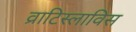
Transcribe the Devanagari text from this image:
व्राटिस्लाविस